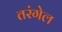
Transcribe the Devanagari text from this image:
तरंगेल